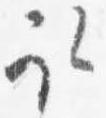
取